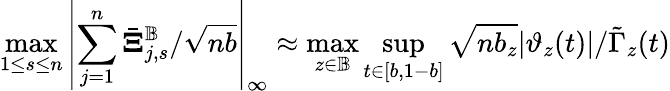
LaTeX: \underset{1\leq s\leq n}{\operatorname*{max}}\left|\sum_{j=1}^{n}\bar{\mathbf\Xi}_{j,s}^{\mathbb{B}}/\sqrt{nb}\right|_{\infty}\approx\underset{z\in\mathbb{B}}{\operatorname*{max}}\underset{t\in[b,1-b]}{\operatorname*{sup}}\sqrt{nb_{z}}|\vartheta_{z}(t)|/\tilde{\Gamma}_{z}(t)